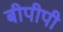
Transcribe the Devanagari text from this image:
बीपीपी